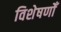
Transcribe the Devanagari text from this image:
विशेषणोँ